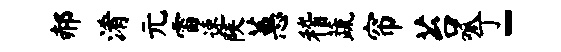
郝淆元雷速陕蕙稽蔬帘苔呱丁-